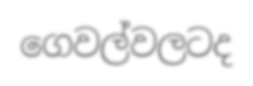
ගෙවල්වලටද